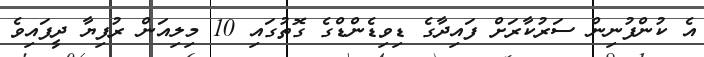
އެ ކުންފުނިން ސަރުކާރަށް ފައިދާގެ ޑިވިޑެންޑްގެ ގޮތުގައި 10 މިލިއަން ރުފިޔާ ދީފައިވެ